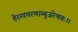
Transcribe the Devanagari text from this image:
हेरम्वचरणाम्बुजरेणबः।।